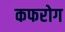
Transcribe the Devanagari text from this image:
कफरोग